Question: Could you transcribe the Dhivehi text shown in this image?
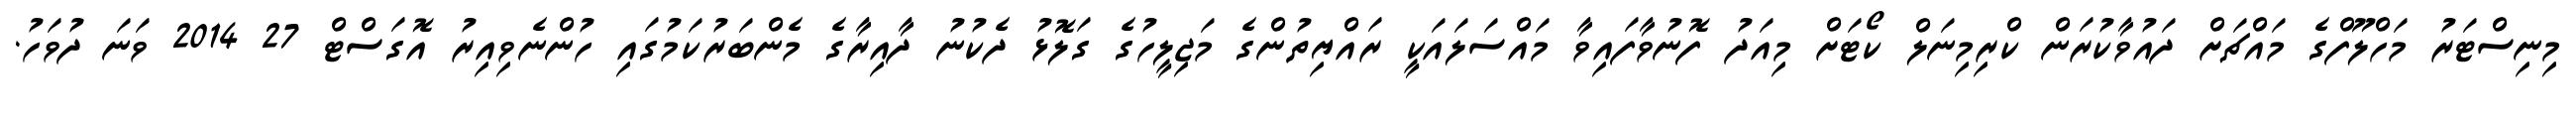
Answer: މިނިސްޓަރު މަހްލޫފްގެ މައްޗަށް ދައުވާކުރަން ކްރިމިނަލް ކޯޓަށް މިއަދު ފޮނުވާފައިވާ މައްސަލައަކީ ރައްޔިތުންގެ މަޖިލީހުގެ ގަލޮޅު ދެކުނު ދާއިރާގެ މެންބަރުކަމުގައި ހުންނެވިއިރު އޮގަސްޓް 27 2014 ވަނަ ދުވަހު.